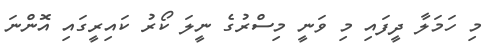
މި ހަމަލާ ދީފައި މި ވަނީ މިސްރުގެ ނީލަ ކޯރު ކައިރީގައި އޮންނަ